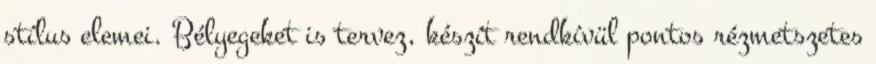
stílus elemei. Bélyegeket is tervez, készít rendkívül pontos rézmetszetes